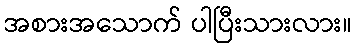
အစားအသောက် ပါပြီးသားလား။